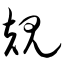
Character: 规